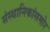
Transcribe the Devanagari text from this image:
संस्थानिकांसमोर